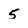
Character: 5